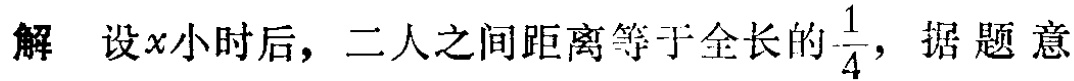
解 设\(x\)小时后，二人之间距离等于全长的\(\frac{1}{4}\)，据题意